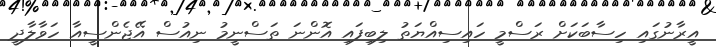
އީރާނުގައި ހިސާބަކަށް ރަސްމީ ހައިސިއްޔަތު ލިބިފައި އޮންނަ ތަސްނީމު ނިއުސް އޭޖެންސީއާ ހަވާލާދީ